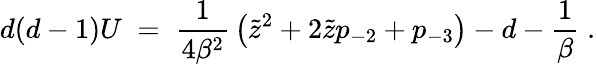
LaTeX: d(d-1)U\; =\; {\frac{1}{4\beta^{2}}}\left(\tilde{z}^{2}+2\tilde{z}p_{-2}+p_{-3}\right)-d-{\frac{1}{\beta}}\; .